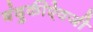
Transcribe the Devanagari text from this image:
बंदुकीऐवजी